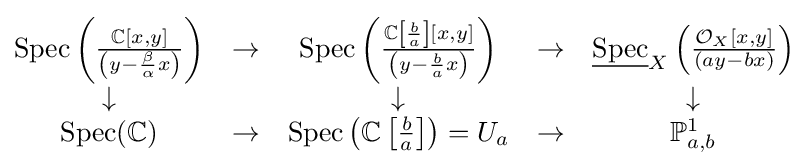
{\begin{matrix}\operatorname {Spec} \left({\frac {\mathbb {C} [x,y]}{\left(y-{\frac {\beta }{\alpha }}x\right)}}\right)&\to &\operatorname {Spec} \left({\frac {\mathbb {C} \left[{\frac {b}{a}}\right][x,y]}{\left(y-{\frac {b}{a}}x\right)}}\right)&\to &{\underline {\operatorname {Spec} }}_{X}\left({\frac {{\mathcal {O}}_{X}[x,y]}{\left(ay-bx\right)}}\right)\\\downarrow &&\downarrow &&\downarrow \\\operatorname {Spec} (\mathbb {C} )&\to &\operatorname {Spec} \left(\mathbb {C} \left[{\frac {b}{a}}\right]\right)=U_{a}&\to &\mathbb {P} _{a,b}^{1}\end{matrix}}